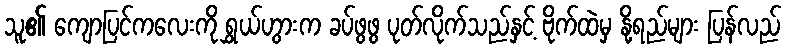
သူ၏ ကျောပြင်ကလေးကို ရွှယ်ဟွားက ခပ်ဖွဖွ ပုတ်လိုက်သည်နှင့် ဗိုက်ထဲမှ နို့ရည်များ ပြန်လည်